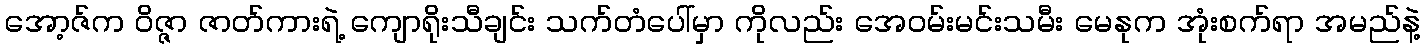
အော့ဇ်က ဝိဇ္ဇာ ဇာတ်ကားရဲ့ ကျောရိုးသီချင်း သက်တံပေါ်မှာ ကိုလည်း အေဝမ်းမင်းသမီး မေနုက အုံးစက်ရာ အမည်နဲ့